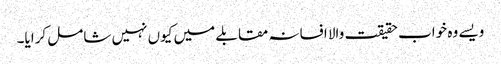
ویسے وہ خواب حقیقت والا افسانہ مقابلے میں کیوں نہیں شامل کرایا۔